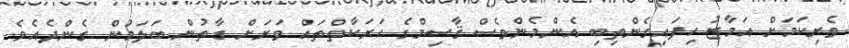
ވެރިކަމަށް އަމާޒު ހިފައިގެންތިބި އެންމެންވެސް ޤާސިމްގެ ޙަރަކާތްތައް ވަރަށް ގާތުން ބަލަމުން ގެންދެއެވެ.